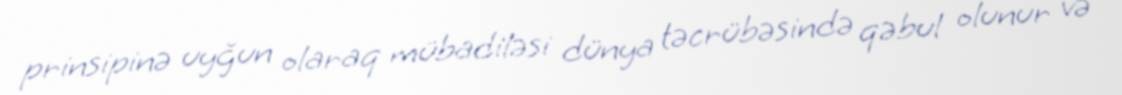
prinsipinə uyğun olaraq mübadiləsi dünya təcrübəsində qəbul olunur və